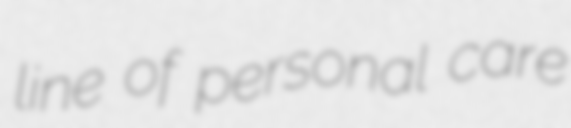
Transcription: line of personal care